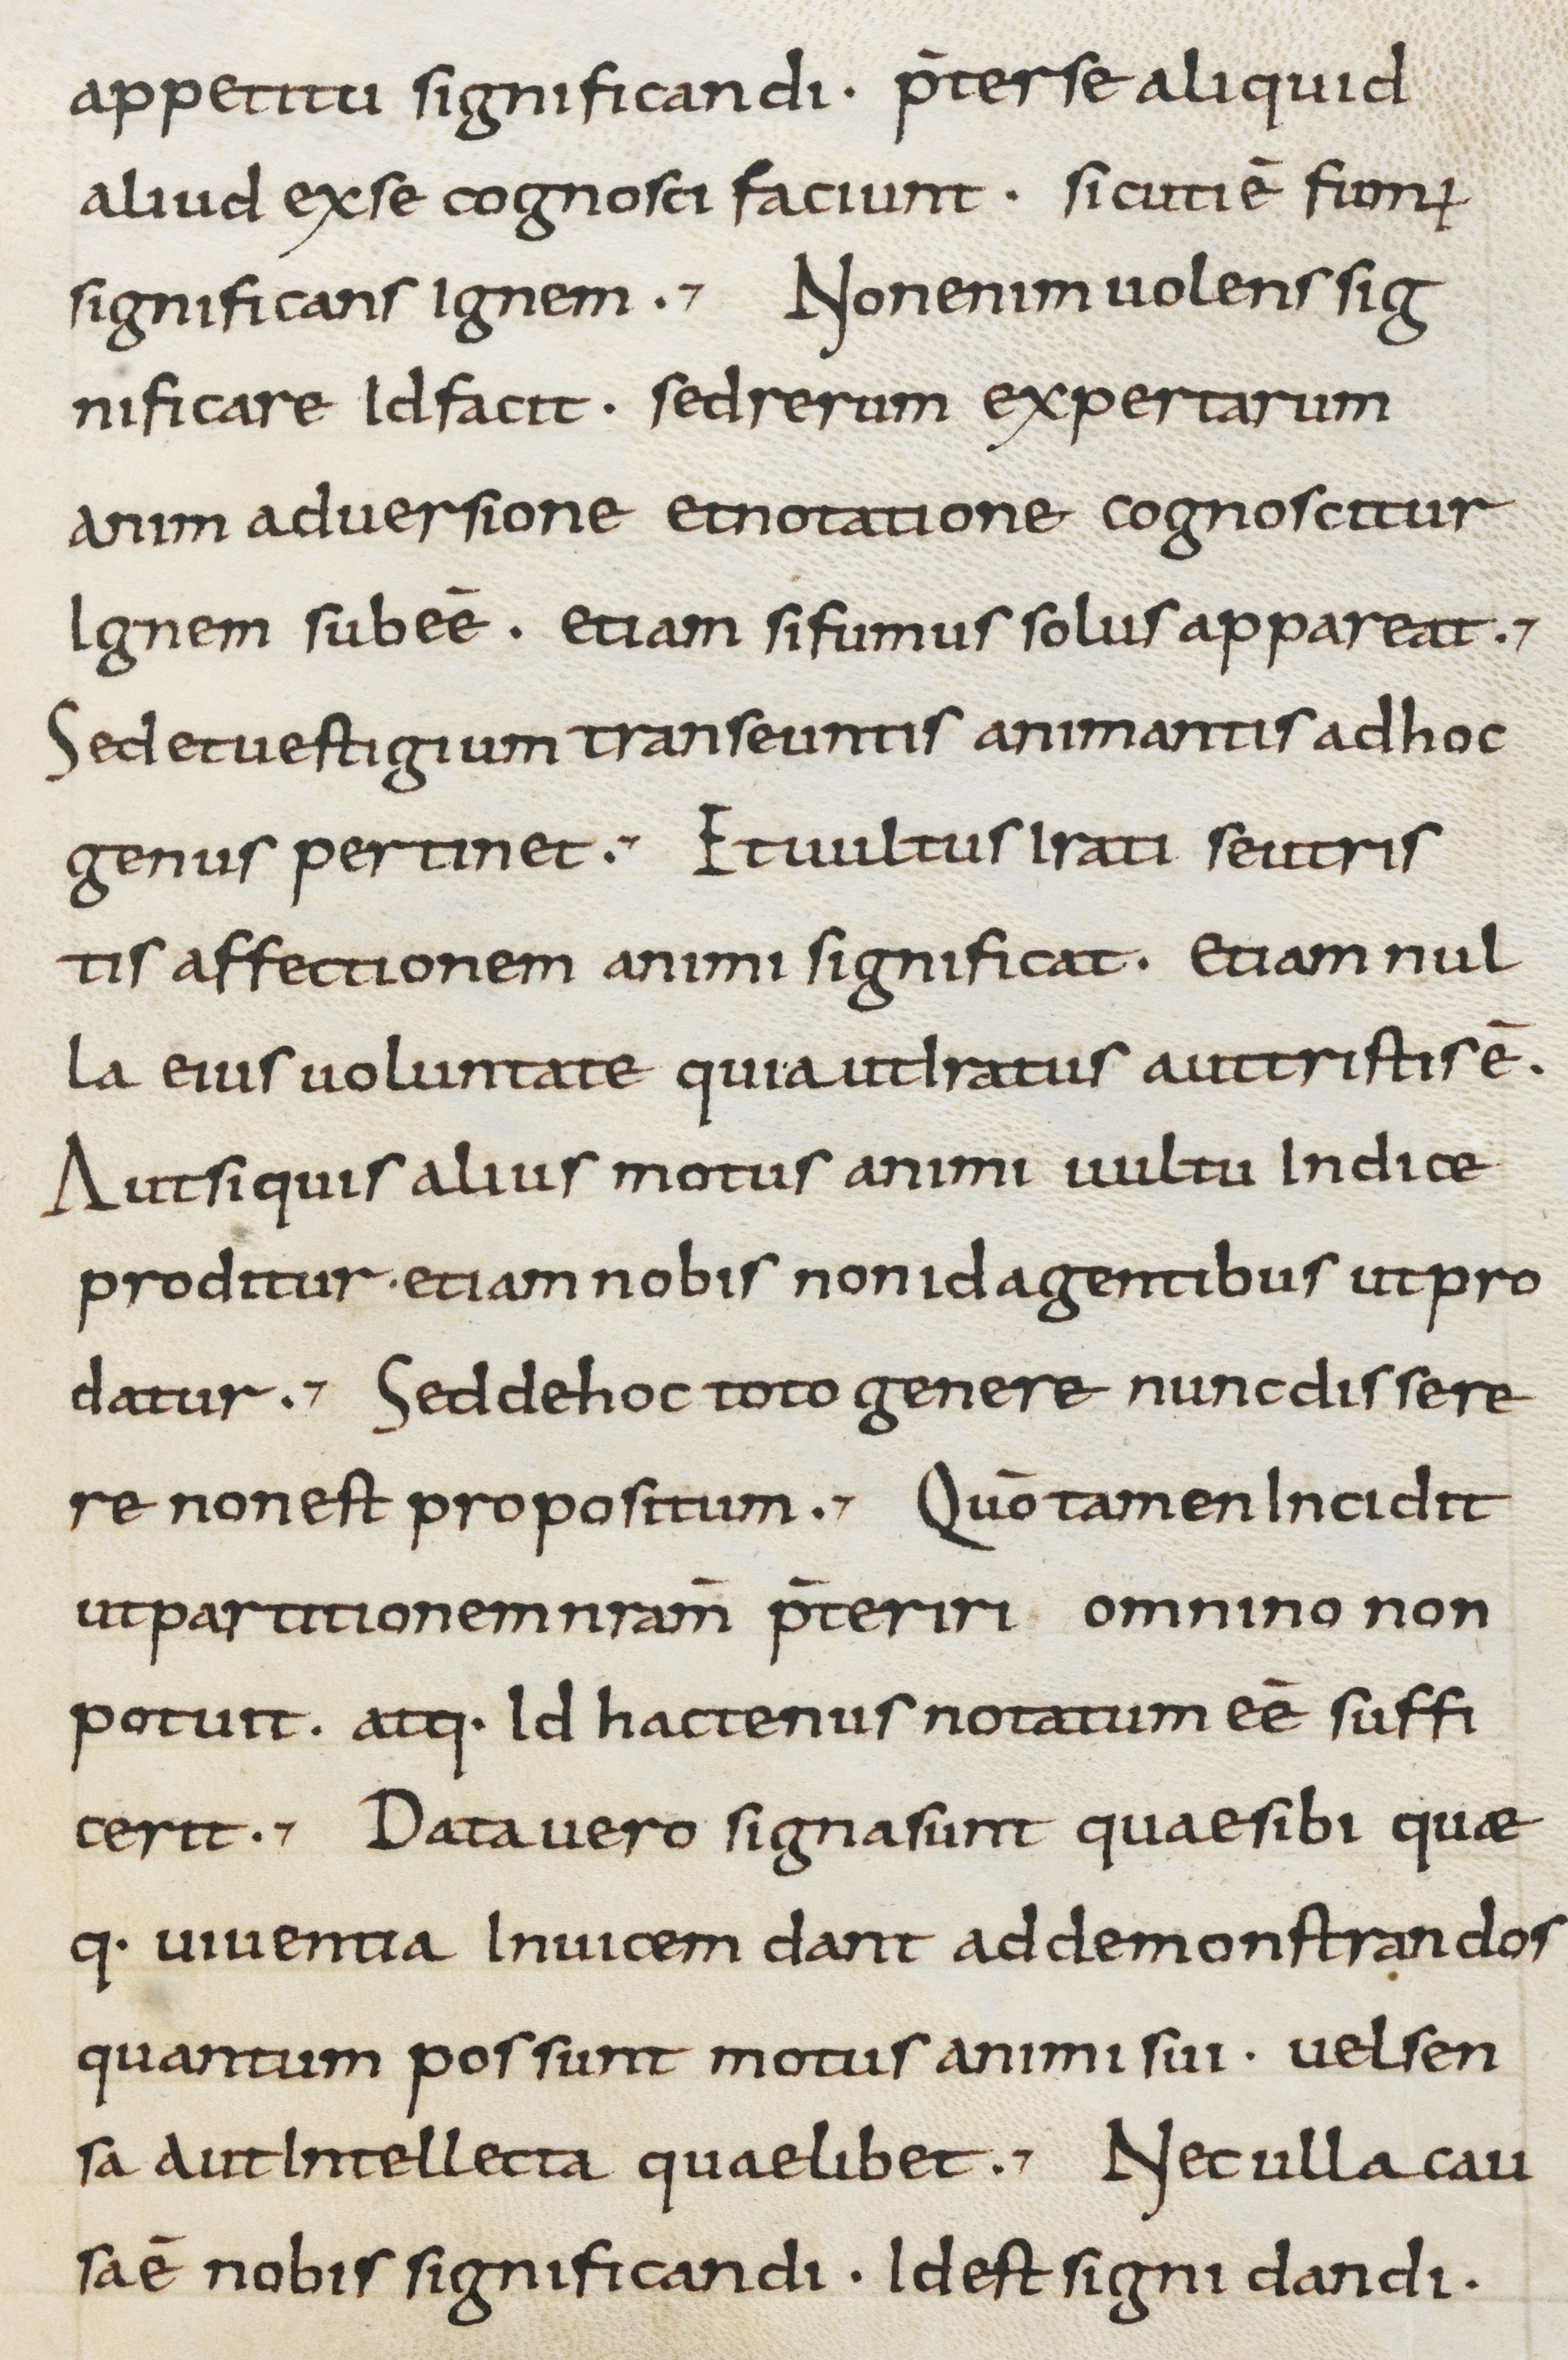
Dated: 800–899